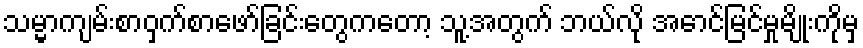
သမ္မာကျမ်းစာဝှက်စာဖော်ခြင်းတွေကတော့ သူ့အတွက် ဘယ်လို အောင်မြင်မှုမျိုးကိုမှ